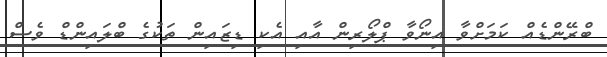
ބްރޭންޑެއް ކަމަށްވާ އިނޯވާ ޕްލޯރިން އާއި އެކި ޑިޒައިން ތަކުގެ ބްލައިންޑް ވެސް